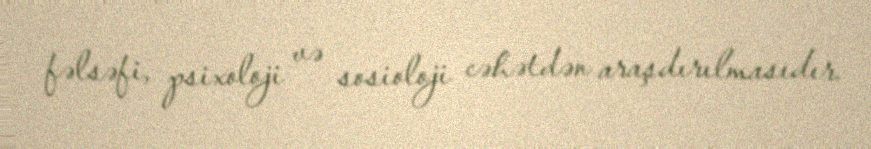
fəlsəfi, psixoloji və sosioloji cəhətdən araşdırılmasıdır.